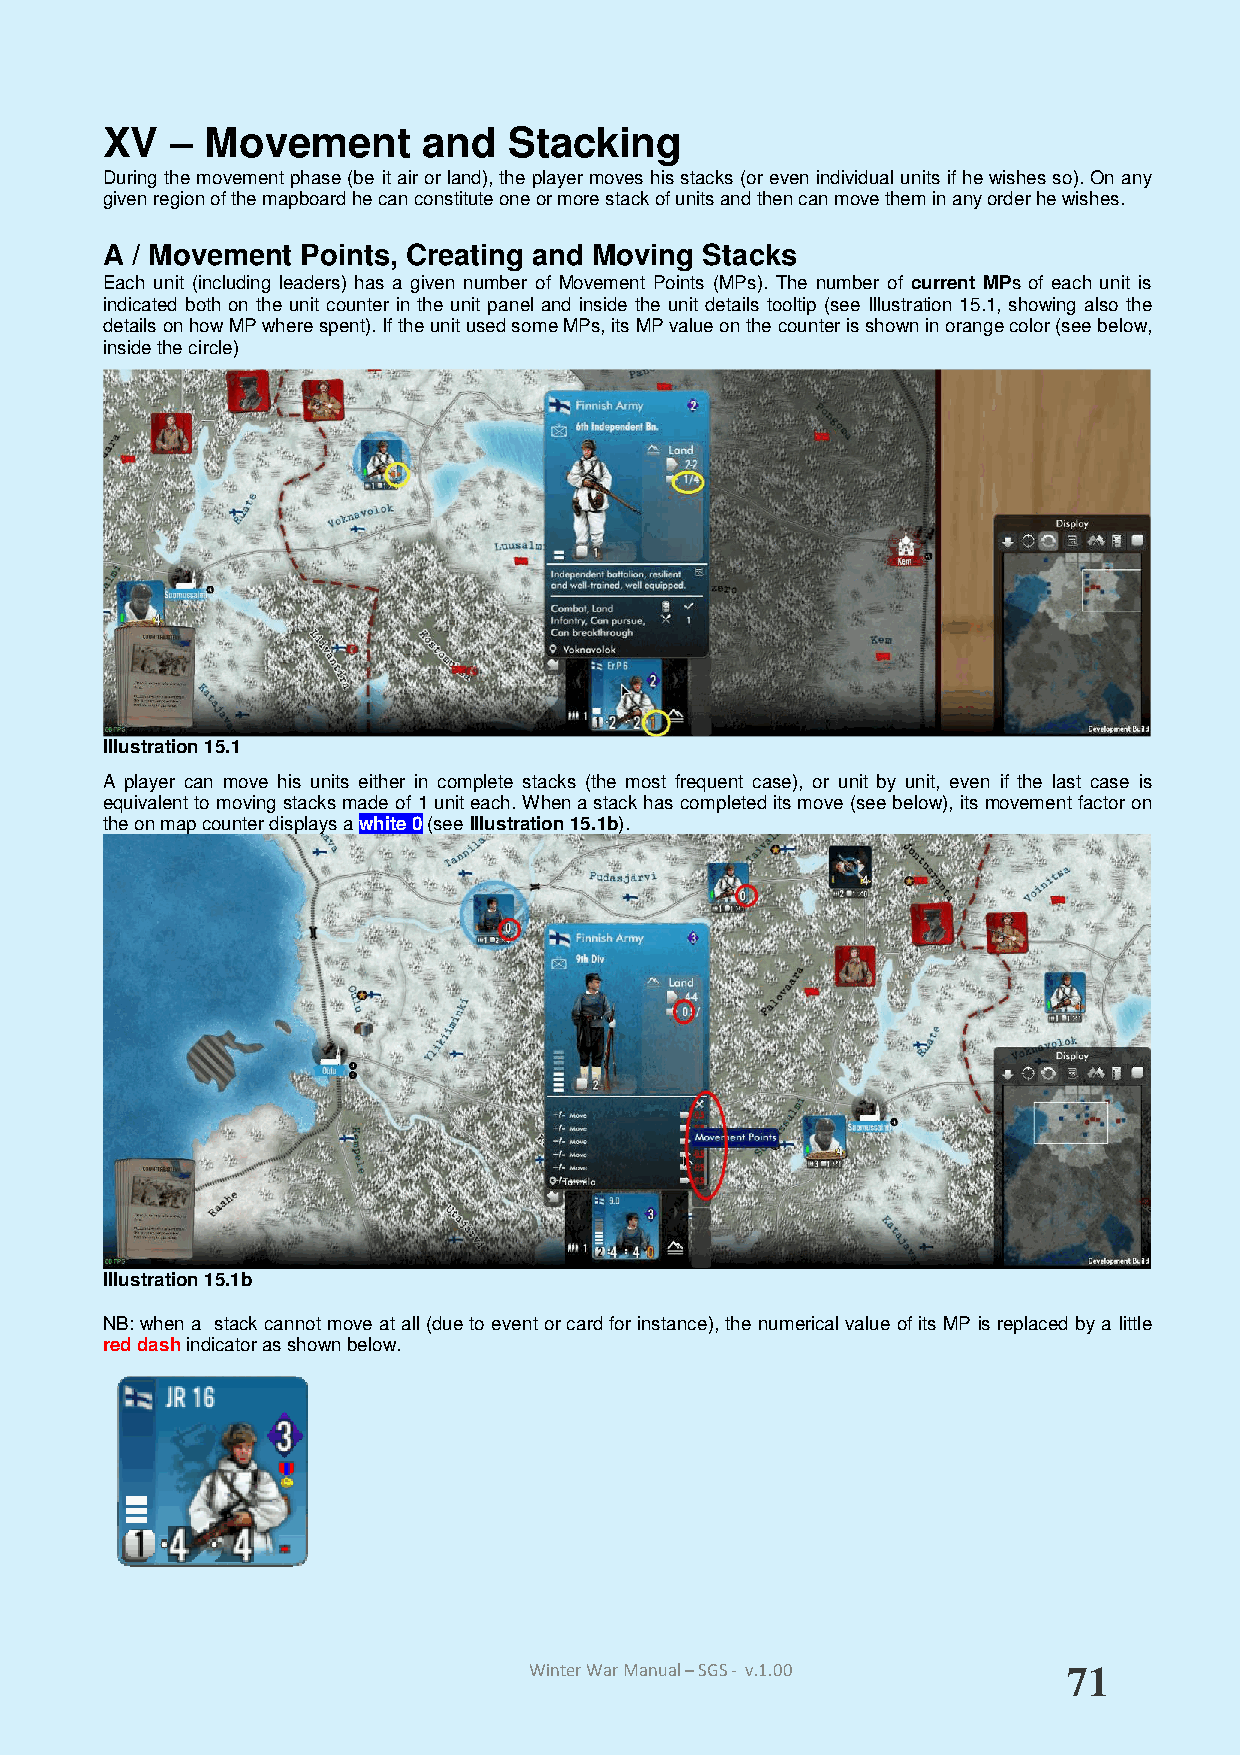
XV  –  Movement      and   Stacking
 During the movement phase (be it air or land), the player moves his stacks (or even individual units if he wishes so). On any
 given region of the mapboard he can constitute one or more stack of units and then can move them in any order he wishes.
 A / Movement Points, Creating and Moving Stacks
 Each unit (including leaders) has a given number of Movement Points (MPs). The number of current MPs of each unit is
 indicated both on the unit counter in the unit panel and inside the unit details tooltip (see Illustration 15.1, showing also the
 details on how MP where spent). If the unit used some MPs, its MP value on the counter is shown in orange color (see below,
 inside the circle)
 Illustration 15.1
 A player can move his units either in complete stacks (the most frequent case), or unit by unit, even if the last case is
 equivalent to moving stacks made of 1 unit each. When a stack has completed its move (see below), its movement factor on
 the on map counter displays a white 0 (see Illustration 15.1b).
 Illustration 15.1b
 NB: when a stack cannot move at all (due to event or card for instance), the numerical value of its MP is replaced by a little
 red dash indicator as shown below.
 Winter War Manual – SGS - v.1.00    71